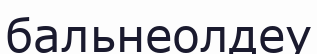
бальнеолдеу